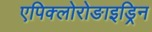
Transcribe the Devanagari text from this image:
एपिक्लोरोङाइड्रिन